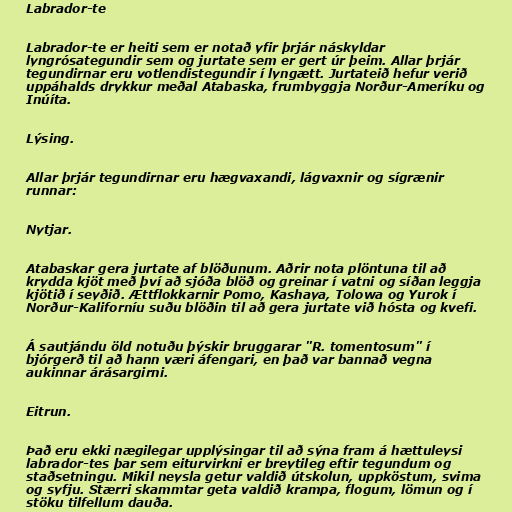
Labrador-te

Labrador-te er heiti sem er notað yfir þrjár náskyldar
lyngrósategundir sem og jurtate sem er gert úr þeim. Allar þrjár
tegundirnar eru votlendistegundir í lyngætt. Jurtateið hefur verið
uppáhalds drykkur meðal Atabaska, frumbyggja Norður-Ameríku og
Inúíta.

Lýsing.

Allar þrjár tegundirnar eru hægvaxandi, lágvaxnir og sígrænir
runnar:

Nytjar.

Atabaskar gera jurtate af blöðunum. Aðrir nota plöntuna til að
krydda kjöt með því að sjóða blöð og greinar í vatni og síðan leggja
kjötið í seyðið. Ættflokkarnir Pomo, Kashaya, Tolowa og Yurok í
Norður-Kaliforníu suðu blöðin til að gera jurtate við hósta og kvefi.

Á sautjándu öld notuðu þýskir bruggarar "R. tomentosum" í
bjórgerð til að hann væri áfengari, en það var bannað vegna
aukinnar árásargirni.

Eitrun.

Það eru ekki nægilegar upplýsingar til að sýna fram á hættuleysi
labrador-tes þar sem eiturvirkni er breytileg eftir tegundum og
staðsetningu. Mikil neysla getur valdið útskolun, uppköstum, svima
og syfju. Stærri skammtar geta valdið krampa, flogum, lömun og í
stöku tilfellum dauða.